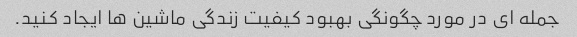
جمله ای در مورد چگونگی بهبود کیفیت زندگی ماشین ها ایجاد کنید.